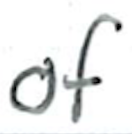
Text: of
Cross-out: clean
Writing tool: ballpoint